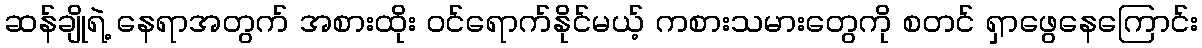
ဆန်ချိုရဲ့ နေရာအတွက် အစားထိုး ဝင်ရောက်နိုင်မယ့် ကစားသမားတွေကို စတင် ရှာဖွေနေကြောင်း